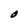
Character: O